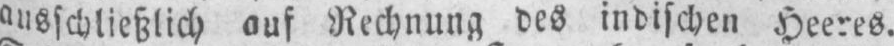
ausschließlich auf Rechnung des indischen Heeres,